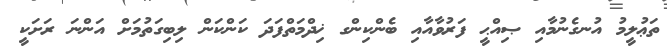
ތަޢުލީމު އުނގެނުމާއި ޞިއްޙީ ފަރުވާއާއި ބެންކިންގ ޚިދްމަތްފަދަ ކަންކަން ލިބިގަތުމަށް އަންނަ ރަށަކީ